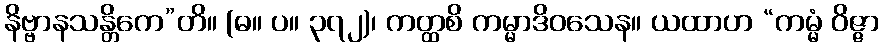
နိဗ္ဗာနသန္တိကေ”တိ။ (ဓ။ ပ။ ၃၇၂)၊ ကတ္ထစိ ကမ္မာဒိဝသေန။ ယထာဟ “ကမ္မံ ဝိဇ္ဇာ